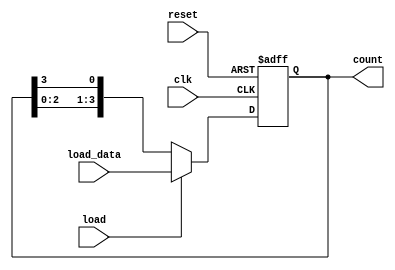
module loadable_ring_counter #
(
    parameter N = 4 // Number of bits in the counter
)
(
    input wire clk,                // Clock signal
    input wire reset,              // Asynchronous reset
    input wire load,               // Load control signal
    input wire [N-1:0] load_data,  // Data to load into the counter
    output reg [N-1:0] count       // Current value of the counter
);

// Asynchronous reset
always @(posedge clk or posedge reset) begin
    if (reset) begin
        count <= {N{1'b0}}; // Load zeros on reset
    end else if (load) begin
        count <= load_data; // Load new data into the counter
    end else begin
        // Shift operation for counting mode (ring counter behavior)
        count <= {count[N-2:0], count[N-1]};
    end
end

endmodule